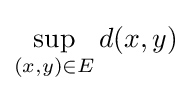
\sup _{(x,y)\in E}d(x,y)